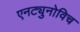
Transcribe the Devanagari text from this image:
एनट्युनोविच